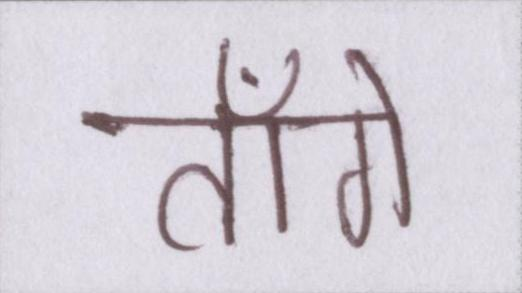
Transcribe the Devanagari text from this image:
ताँगे